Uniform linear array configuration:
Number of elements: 64
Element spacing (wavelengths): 0.5
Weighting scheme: binomial
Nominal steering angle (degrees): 0
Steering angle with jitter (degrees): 0.8649
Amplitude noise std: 0.05
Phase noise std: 0.05

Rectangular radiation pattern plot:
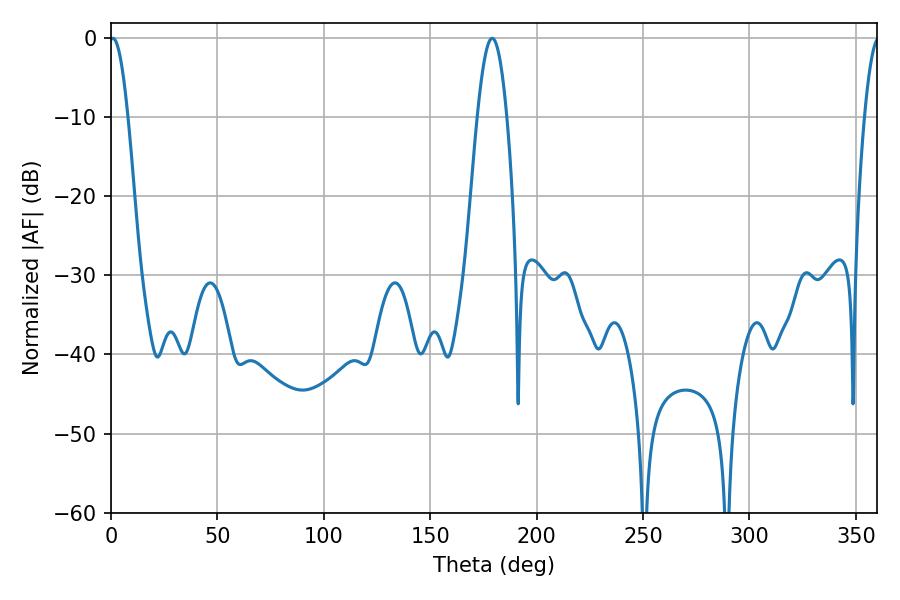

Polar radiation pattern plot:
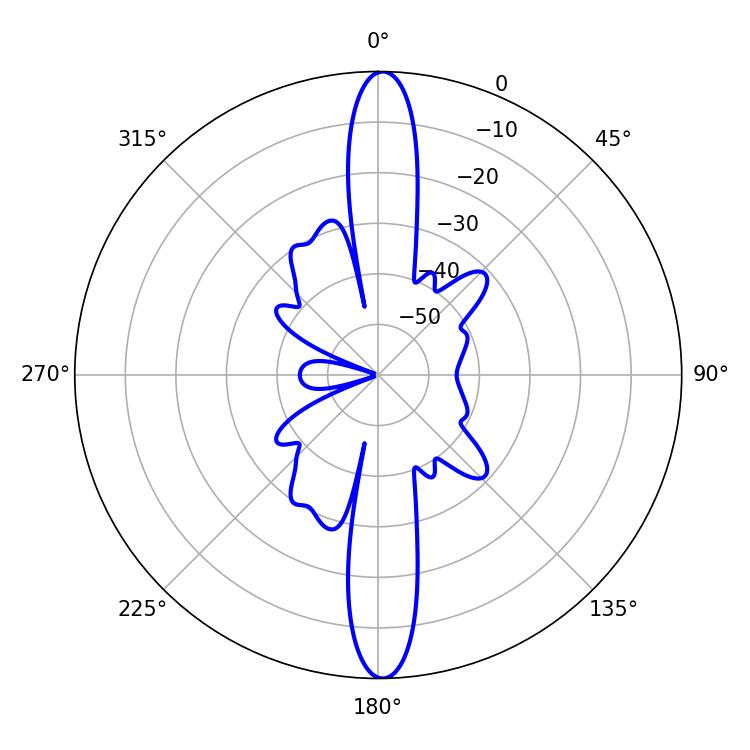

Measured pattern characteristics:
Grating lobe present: FALSE
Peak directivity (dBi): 26.379
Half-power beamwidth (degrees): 4.68
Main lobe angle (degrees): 0.9